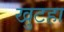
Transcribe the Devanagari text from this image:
खुटहा